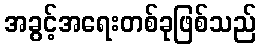
အခွင့်အရေးတစ်ခုဖြစ်သည်